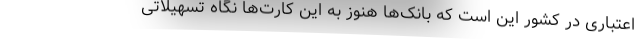
اعتباری در کشور این است که بانک‌ها هنوز به این کارت‌ها نگاه تسهیلاتی